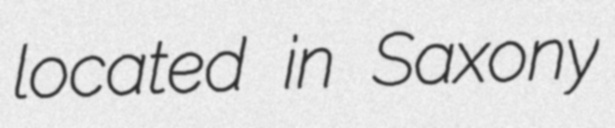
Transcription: located in Saxony